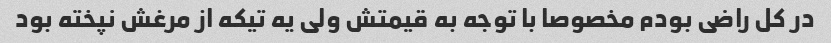
در کل راضی بودم مخصوصا با توجه به قیمتش ولی یه تیکه از مرغش نپخته بود